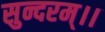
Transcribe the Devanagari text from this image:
सुन्दरम्।।